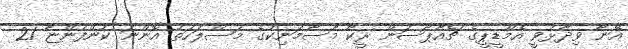
އޭނާ ވިދާޅުވީ އެމްޑީޕީގެ ޗެއާޕާސަން ރީކޯ މޫސާމަނިކުގެ މަސްލަހަތު އޮންނަ ކުންފުންޏާ 21